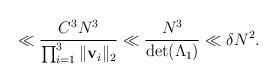
LaTeX: \begin{align*}\ll \frac{C^3N^3}{\prod_{i=1}^3\|\mathbf{v}_i\|_2}\ll \frac{N^3}{\det(\Lambda_1)}\ll\delta N^2. \end{align*}